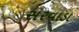
સરવાડા